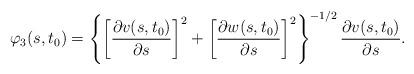
LaTeX: \begin{align*} \varphi _{3} (s,t_{0} )= \left\lbrace \left[ \frac{\partial v(s,t_{0} )}{\partial s} \right]^2 + \left[ \frac{\partial w(s,t_{0} )}{\partial s} \right]^2 \right\rbrace^{-1/2}\frac{\partial v(s,t_{0} )}{\partial s}.\end{align*}